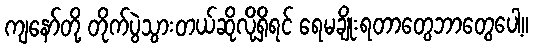
ကျနော်တို့ တိုက်ပွဲသွားတယ်ဆိုလို့ရှိရင် ရေမချိုးရတာတွေဘာတွေပေါ့။